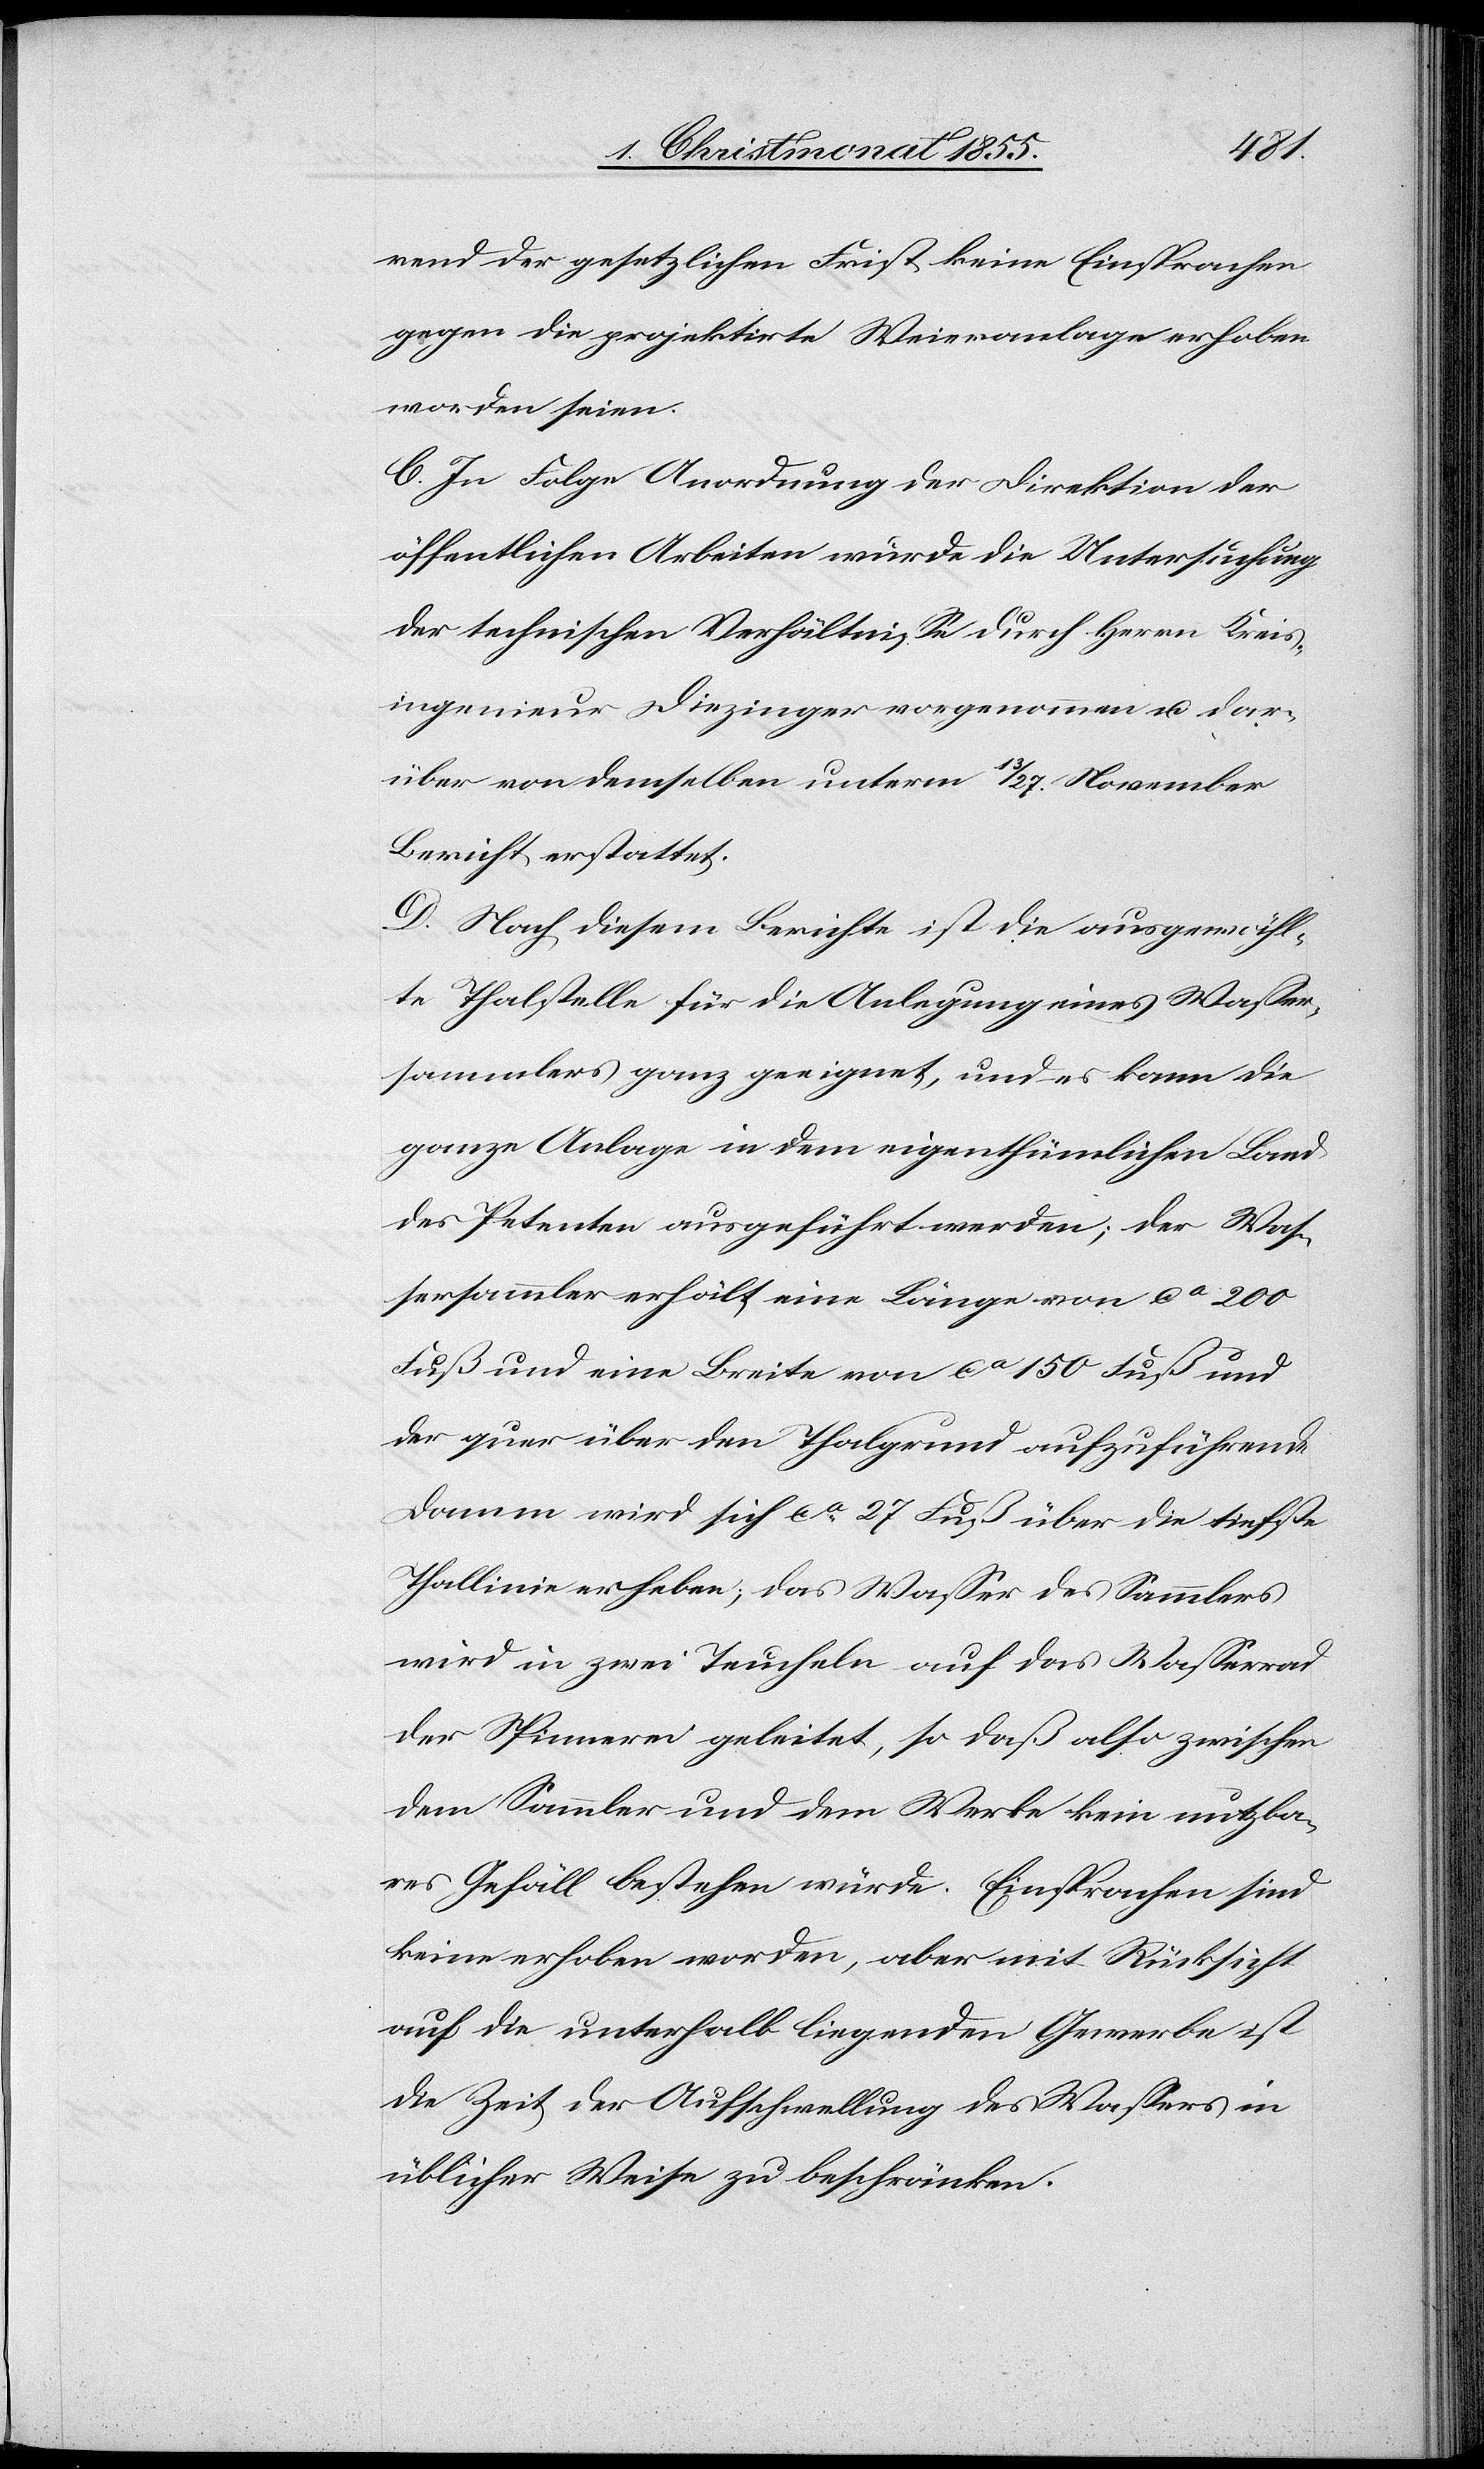
rend der gesetzlichen Frist keine Einsprachen
gegen die projektirte Weieranlage erhoben
worden seien.
C. In Folge Anordnung der Direktion der
öffentlichen Arbeiten wurde die Untersuchung
der technischen Verhältnisse durch Herrn Kreis¬
ingenieur Diezinger vorgenommen u. dar¬
über von demselben unterm 13 / 27. November
Bericht erstattet.
D. Nach diesem Berichte ist die ausgewähl¬
te Thalstelle für die Anlegung eines Wasser¬
sammlers ganz geeignet, und es kann die
ganze Anlage in dem eigenthümlichen Land
des Petenten ausgeführt werden; der Was¬
sersammler erhält eine Länge von ca 200
Fuß und eine Breite von ca 150 Fuß und
der quer über den Thalgrund aufzuführende
Damm wird sich ca 27 Fuß über die tiefste
Thallinie erheben; das Wasser des Sammlers
wird in zwei Teucheln auf das Wasserrad
der Spinnerei geleitet, so daß also zwischen
dem Sammler und dem Werke kein nutzba¬
res Gefäll bestehen würde. Einsprachen sind
keine erhoben worden, aber mit Rücksicht
auf die unterhalb liegenden Gewerbe ist
die Zeit der Aufschwellung des Wassers in
üblicher Weise zu beschränken.